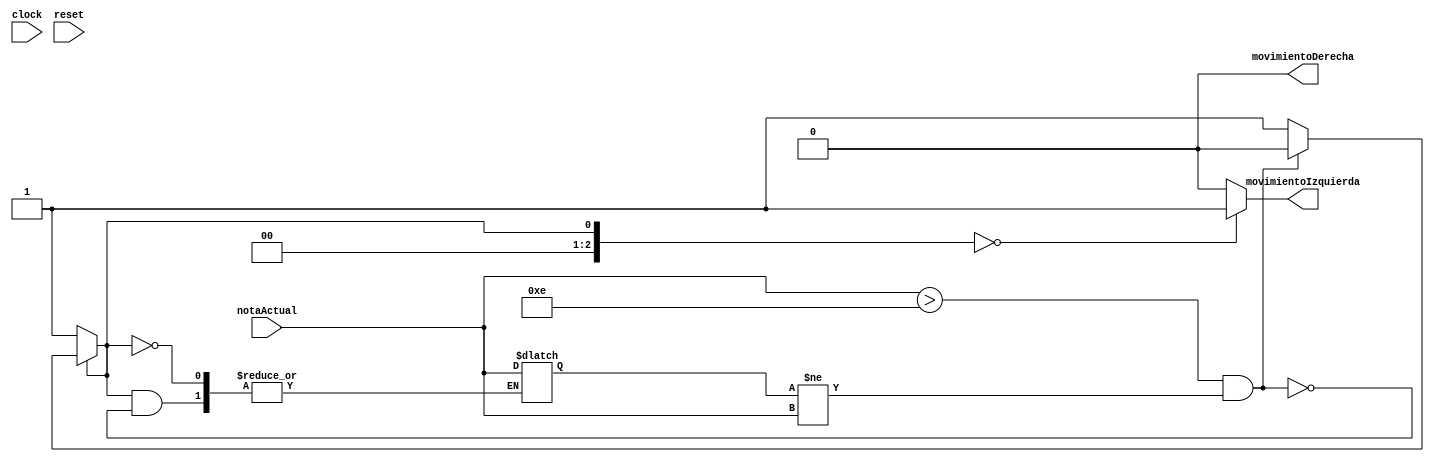
`timescale 1ns / 1ps
//////////////////////////////////////////////////////////////////////////////////
// Company: 
// Engineer: 
// 
// Design Name: 
// Module Name:    FSMMovimientoNotas 
// Project Name: 
// Target Devices: 
// Tool versions: 
// Description: 
//
// Dependencies: 
//
// Revision: 
// Revision 0.01 - File Created
// Additional Comments: 
//
//////////////////////////////////////////////////////////////////////////////////
module FSMMovimientoNotas(
	input wire clock,
	input wire reset,
	input wire [5:0] notaActual,
	output reg movimientoIzquierda,
	output reg movimientoDerecha
    );
	 
reg [2:0] state = 1;
reg [5:0] ultimaNotaUtilizada=100;

parameter inicio = 1;	
parameter moverIzquierda = 0;

always @(clock)
  begin
		case (state)
			inicio:
				if(notaActual>14&ultimaNotaUtilizada!=notaActual)
					begin
						ultimaNotaUtilizada<=notaActual;
						state<=moverIzquierda;
					end
				else
						state<=inicio;
			moverIzquierda:
				state<=inicio;
			default:
				state <= inicio;
		endcase
	end
	
always @(state)
	begin
		case (state)
			inicio:
				begin
					movimientoIzquierda = 0;
					movimientoDerecha = 0;
				end
			moverIzquierda:
				begin
					movimientoIzquierda = 1;
					movimientoDerecha = 0;
				end
			default:
				begin
					movimientoIzquierda = 0;
					movimientoDerecha = 0;
				end
		endcase
	end

endmodule